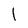
Character: l